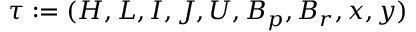
\tau : = ( H , L , I , J , U , B _ { p } , B _ { r } , x , y )